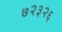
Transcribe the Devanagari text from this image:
७२३२६